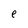
Character: e